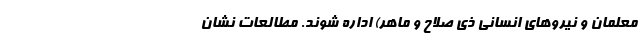
معلمان و نیروهای انسانی ذی صلاح و ماهر) اداره شوند. مطالعات نشان